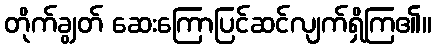
တိုက်ချွတ် ဆေးကြောပြင်ဆင်လျက်ရှိကြ၏။